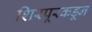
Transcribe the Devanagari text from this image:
शिरपूरकडून